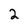
Character: 2